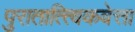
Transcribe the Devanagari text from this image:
पुरातात्त्विकवेत्ता